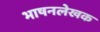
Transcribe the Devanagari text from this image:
भाषनलेखक